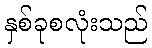
နှစ်ခုစလုံးသည်